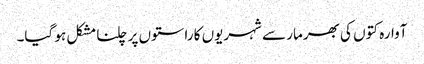
آوارہ کتوں کی بھرمار سے شہریوں کا راستوں پر چلنا مشکل ہو گیا۔